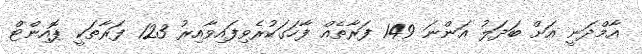
އާމްދަނީ އަށް ބަދަލު އަންނަ 149 ފަރާތެއް ފާހަގަކުރެވިފައިވާއިރު 123 ފަރާތަކީ ޕޮއިންޓް